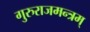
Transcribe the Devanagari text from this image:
गुरुराजमन्त्रम्